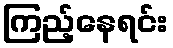
ကြည့်နေရင်း